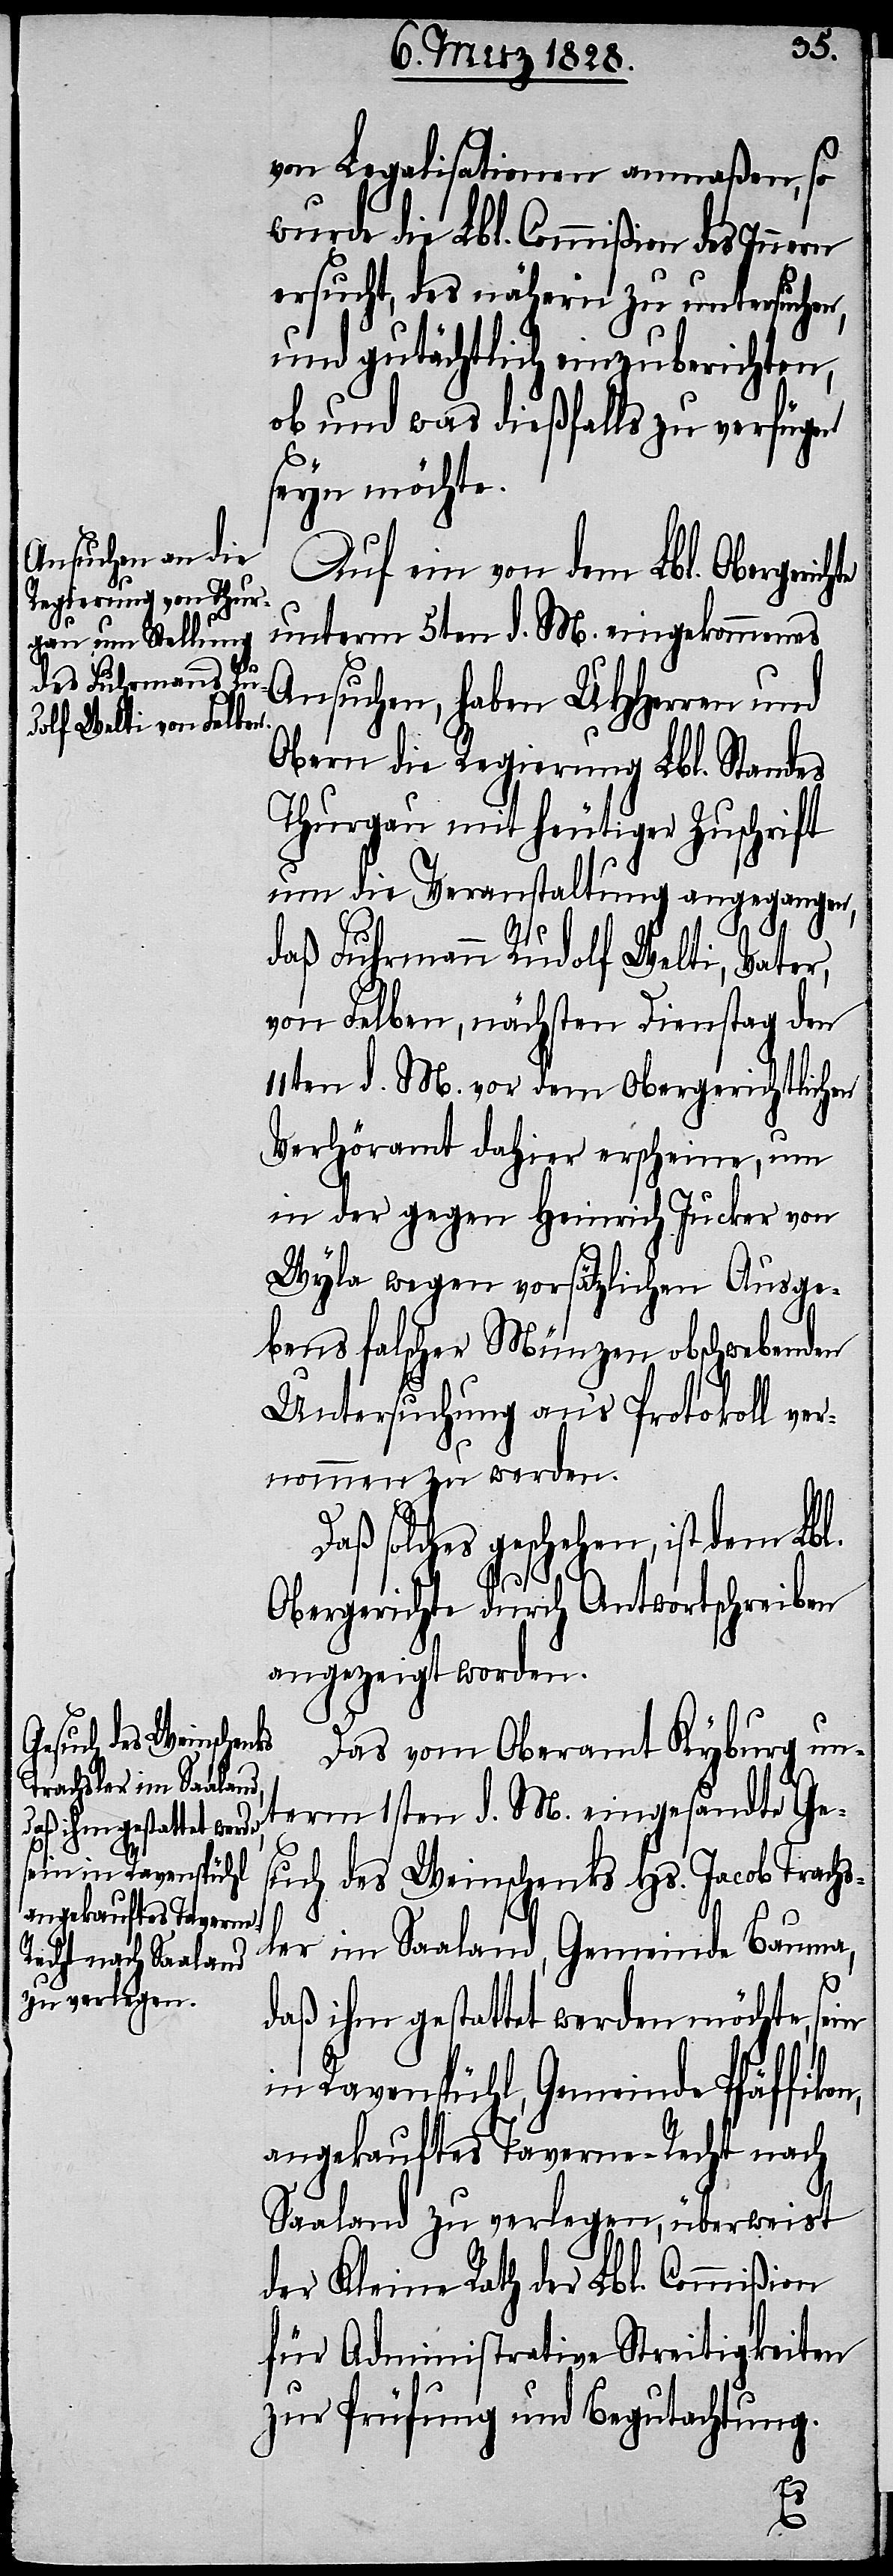
von Legalisationen anmaßen, so
wurde die Lbl. Commißion des Inn¬
ersucht, des nähern zu untersuchen,
und gutächtlich einzuberichten,
ob und was dießfalls zu verfügen
seyn möchte.
Auf ein vom dem Lbl. Obergeric¬
unterm 5ten d. M. eingekommenes
Ansuchen, haben UHHerren und
Obern die Regierung Lbl. Standes
Thurgau mit heutiger Zuschrift
um die Veranstaltung angegangen,
daß Fuhrmann Rudolf Welti, Vater,
von Felben, nächsten Dienstag den
11ten d. M. vor dem Obergerichtlichen
Verhöramt dahier erscheine, um
in der gegen Heinrich Jucker von
Wyla wegen vorsätzlichen Ausge¬
bens falscher Münzen obschwebenden
Untersuchung an‘s Protokoll ver¬
nommen zu werden.
Daß solches geschehen, ist dem Lbl.
hte
Obergerichte durch Antwortschreiben
angezeigt worden.
Das vom Oberamt Kyburg un¬
term 1sten d. M. eingesandte Ge¬
such des Weinschenks Hs. Jacob Trachs¬
ler im Saaland, Gemeinde Bauma,
daß ihm gestattet werden möchte, sein
in Ravenspühl, Gemeinde Pfäffikon,
angekauftes Taverne-Recht nach
Saaland zu verlegen, überweist
der Kleine Rath der Lbl. Commißion
für Administrative Streitigkeiten
zur Prüfung und Begutachtung.
ern